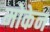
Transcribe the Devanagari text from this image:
मोकेन